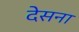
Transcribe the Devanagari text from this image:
देसना